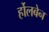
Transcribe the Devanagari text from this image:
र्होलबेन